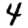
Digit: 4